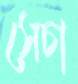
সেচা